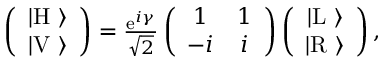
\begin{array} { r } { \left( \begin{array} { c } { | \mathrm { H } \ \rangle } \\ { | \mathrm { V } \ \rangle } \end{array} \right) = \frac { \mathrm { e } ^ { i \gamma } } { \sqrt { 2 } } \left( \begin{array} { c c } { 1 } & { 1 } \\ { - i } & { i } \end{array} \right) \left( \begin{array} { c } { | \mathrm { L } \ \rangle } \\ { | \mathrm { R } \ \rangle } \end{array} \right) , } \end{array}